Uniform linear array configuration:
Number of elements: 32
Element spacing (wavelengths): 1
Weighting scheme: cosine
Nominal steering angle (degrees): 15
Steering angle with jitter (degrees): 16.697
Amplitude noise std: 0.05
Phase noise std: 0.05

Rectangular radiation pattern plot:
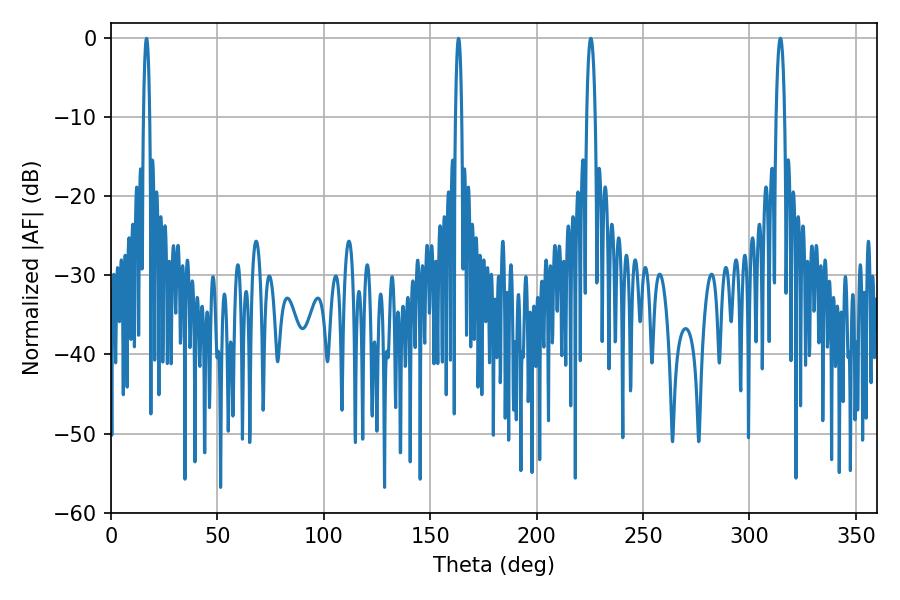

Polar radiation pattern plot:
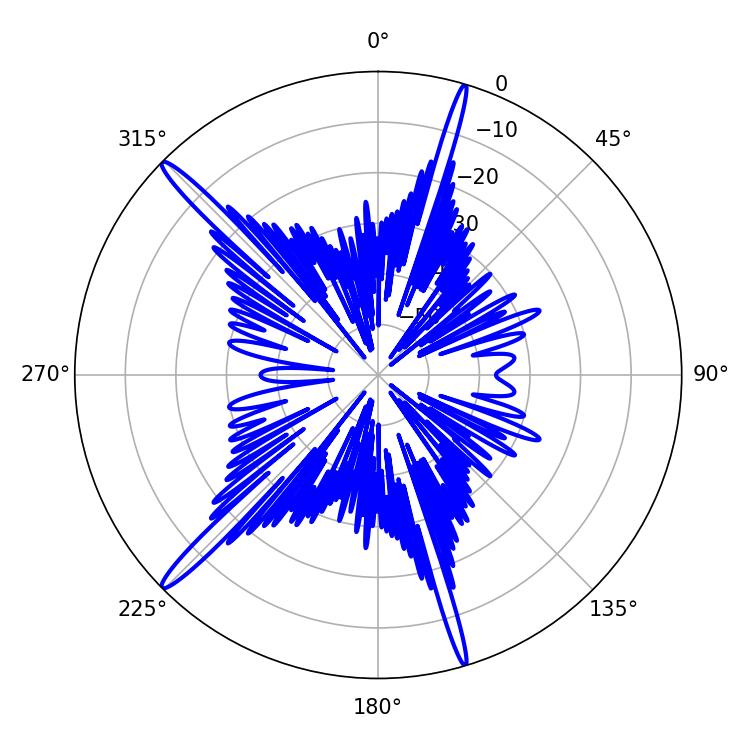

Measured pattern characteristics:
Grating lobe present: TRUE
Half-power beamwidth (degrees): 1.62
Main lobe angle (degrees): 16.74